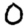
Digit: 0